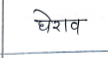
मजकूर: घेराव